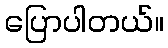
ပြောပါတယ်။